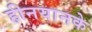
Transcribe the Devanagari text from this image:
हीनयानके